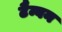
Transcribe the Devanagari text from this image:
टैम्बन